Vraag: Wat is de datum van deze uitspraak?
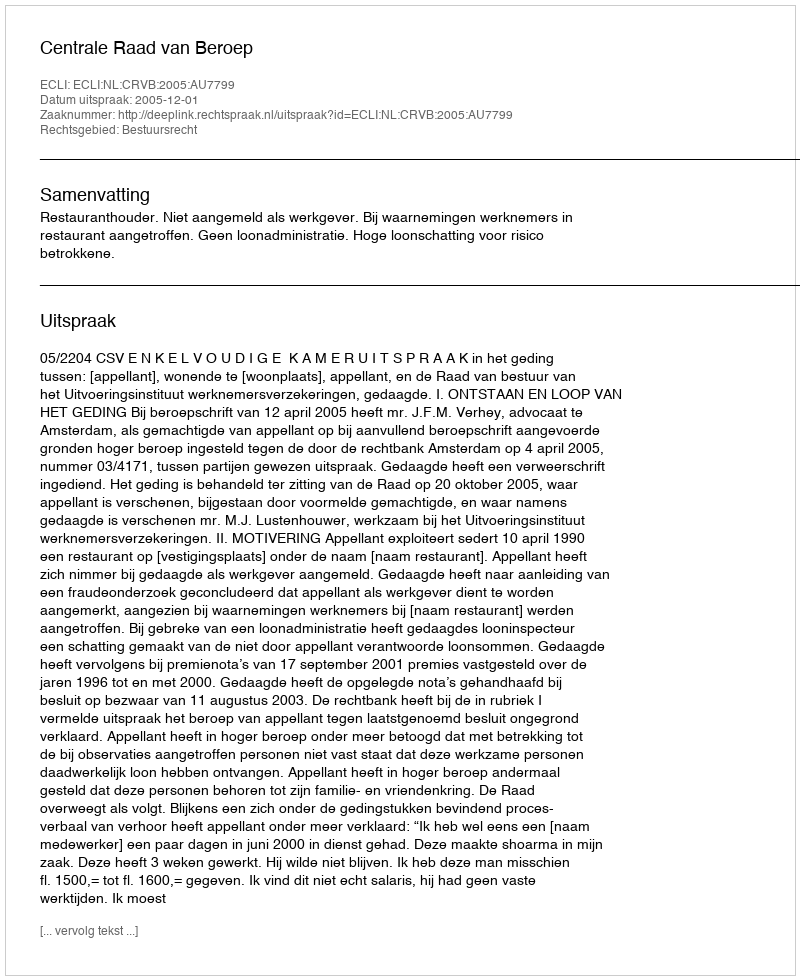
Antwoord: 2005-12-01